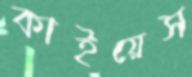
কাইয়েস